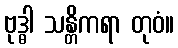
ဗုဒ္ဓါ သန္တိကရာ တုဝံ။